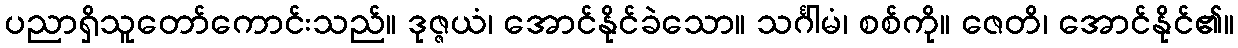
ပညာရှိသူတော်ကောင်းသည်။ ဒုဇ္ဇယံ၊ အောင်နိုင်ခဲသော။ သင်္ဂါမံ၊ စစ်ကို။ ဇေတိ၊ အောင်နိုင်၏။